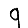
Digit: 9